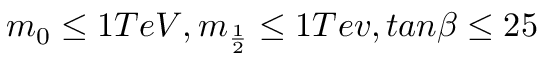
m _ { 0 } \leq 1 T e V , m _ { \frac { 1 } { 2 } } \leq 1 T e v , t a n \beta \leq 2 5